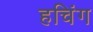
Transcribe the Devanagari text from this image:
हचिंग